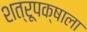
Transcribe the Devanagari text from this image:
शत्रूपक्षाला